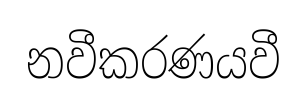
නවීකරණයවී